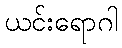
ယင်းရောဂါ